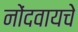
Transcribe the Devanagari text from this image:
नोंदवायचेे